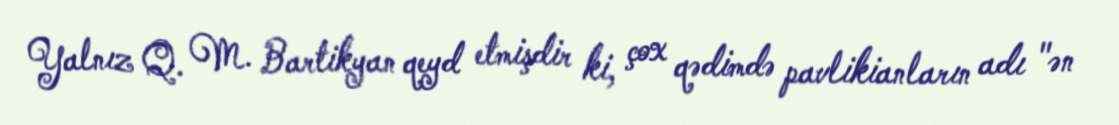
Yalnız Q. M. Bartikyan qeyd etmişdir ki, çox qədimdə pavlikianların adı "ən